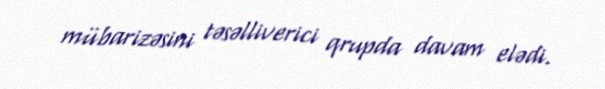
mübarizəsini təsəlliverici qrupda davam elədi.